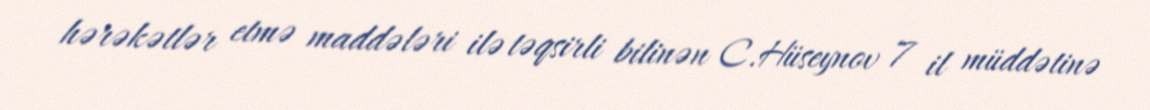
hərəkətlər etmə maddələri ilə təqsirli bilinən C.Hüseynov 7 il müddətinə